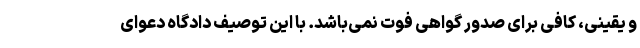
و یقینی، کافی برای صدور گواهی فوت نمی‌باشد. با این توصیف دادگاه دعوای